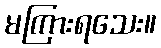
မကြားရသေး။